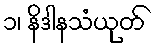
၁၊ နိဒါနသံယုတ်